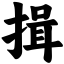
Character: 揖